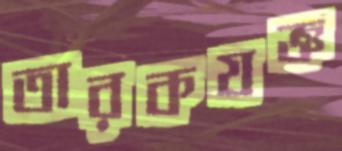
তারকযজ্ঞ